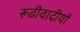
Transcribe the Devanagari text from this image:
रूढीवादीयों